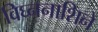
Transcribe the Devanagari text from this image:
विघ्ननाशिने